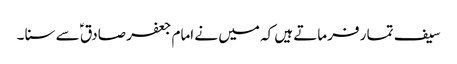
سیف تما ر فرماتے ہیں کہ میں نے امام جعفر صادق ؑ سے سنا ۔